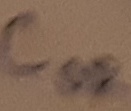
Text: COR